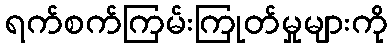
ရက်စက်ကြမ်းကြုတ်မှုများကို